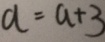
a = a + 3